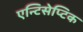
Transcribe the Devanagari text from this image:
एन्टिसेप्टिक